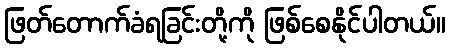
ဖြတ်တောက်ခံရခြင်းတို့ကို ဖြစ်စေနိုင်ပါတယ်။